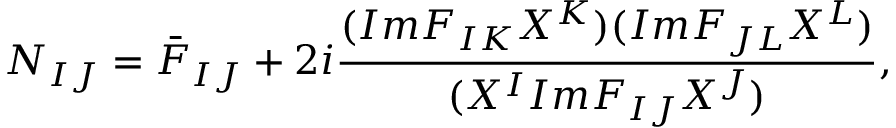
N _ { I J } = \bar { F } _ { I J } + 2 i \frac { ( I m F _ { I K } X ^ { K } ) ( I m F _ { J L } X ^ { L } ) } { ( X ^ { I } I m F _ { I J } X ^ { J } ) } ,